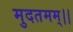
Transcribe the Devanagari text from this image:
मुदतमम्।।